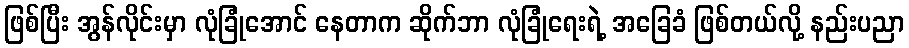
ဖြစ်ပြီး အွန်လိုင်းမှာ လုံခြုံအောင် နေတာက ဆိုက်ဘာ လုံခြုံရေးရဲ့ အခြေခံ ဖြစ်တယ်လို့ နည်းပညာ